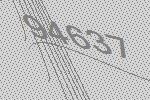
94637